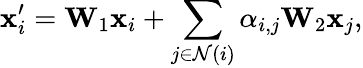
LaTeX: \mathbf{x}_{i}^{\prime}=\mathbf{W}_{1}\mathbf{x}_{i}+\sum_{j\in\mathcal{N}(i)}\alpha_{i,j}\mathbf{W}_{2}\mathbf{x}_{j},